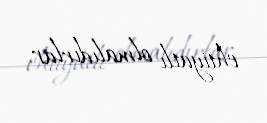
ehtiyatlı olmalıdırlar.